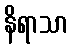
နိရာသာ